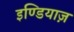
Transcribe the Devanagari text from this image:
इण्डियाज़